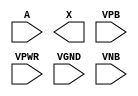
/**
 * Copyright 2020 The SkyWater PDK Authors
 *
 * Licensed under the Apache License, Version 2.0 (the "License");
 * you may not use this file except in compliance with the License.
 * You may obtain a copy of the License at
 *
 *     https://www.apache.org/licenses/LICENSE-2.0
 *
 * Unless required by applicable law or agreed to in writing, software
 * distributed under the License is distributed on an "AS IS" BASIS,
 * WITHOUT WARRANTIES OR CONDITIONS OF ANY KIND, either express or implied.
 * See the License for the specific language governing permissions and
 * limitations under the License.
 *
 * SPDX-License-Identifier: Apache-2.0
 */

`ifndef SKY130_FD_SC_HD__PROBE_P_PP_SYMBOL_V
`define SKY130_FD_SC_HD__PROBE_P_PP_SYMBOL_V

/**
 * probe_p: Virtual voltage probe point.
 *
 * Verilog stub (with power pins) for graphical symbol definition
 * generation.
 *
 * WARNING: This file is autogenerated, do not modify directly!
 */

`timescale 1ns / 1ps
`default_nettype none

(* blackbox *)
module sky130_fd_sc_hd__probe_p (
    //# {{data|Data Signals}}
    input  A   ,
    output X   ,

    //# {{power|Power}}
    input  VPB ,
    input  VPWR,
    input  VGND,
    input  VNB
);
endmodule

`default_nettype wire
`endif  // SKY130_FD_SC_HD__PROBE_P_PP_SYMBOL_V